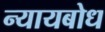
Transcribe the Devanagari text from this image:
न्यायबोध